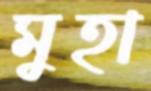
মুহা